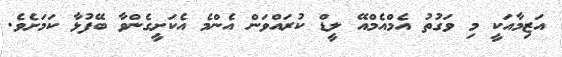
އަޒިމާއަކީ މި ވަގުތު އެމްއެމްއޭ ލީޑް ކުރައްވަން އެންމެ އެކަށީގެންވާ ބޭފުޅާ ކަމަށެވެ.